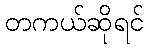
တကယ်ဆိုရင်